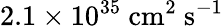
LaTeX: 2.1\times 10^{35}\ \textrm{cm}^{2}\ \textrm{s}^{-1}